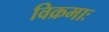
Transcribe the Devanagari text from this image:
विक्रमाः